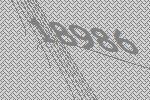
18986